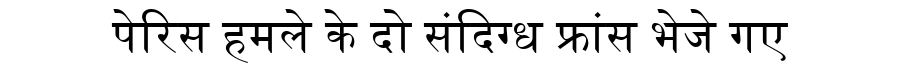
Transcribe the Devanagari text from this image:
पेरिस हमले के दो संदिग्ध फ्रांस भेजे गए